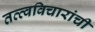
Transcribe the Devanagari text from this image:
तत्त्वविचारांची